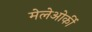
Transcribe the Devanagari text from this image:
मेलेओर्की